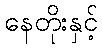
နေတိုးနှင့်